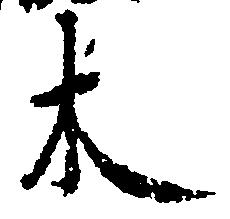
木